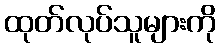
ထုတ်လုပ်သူများကို